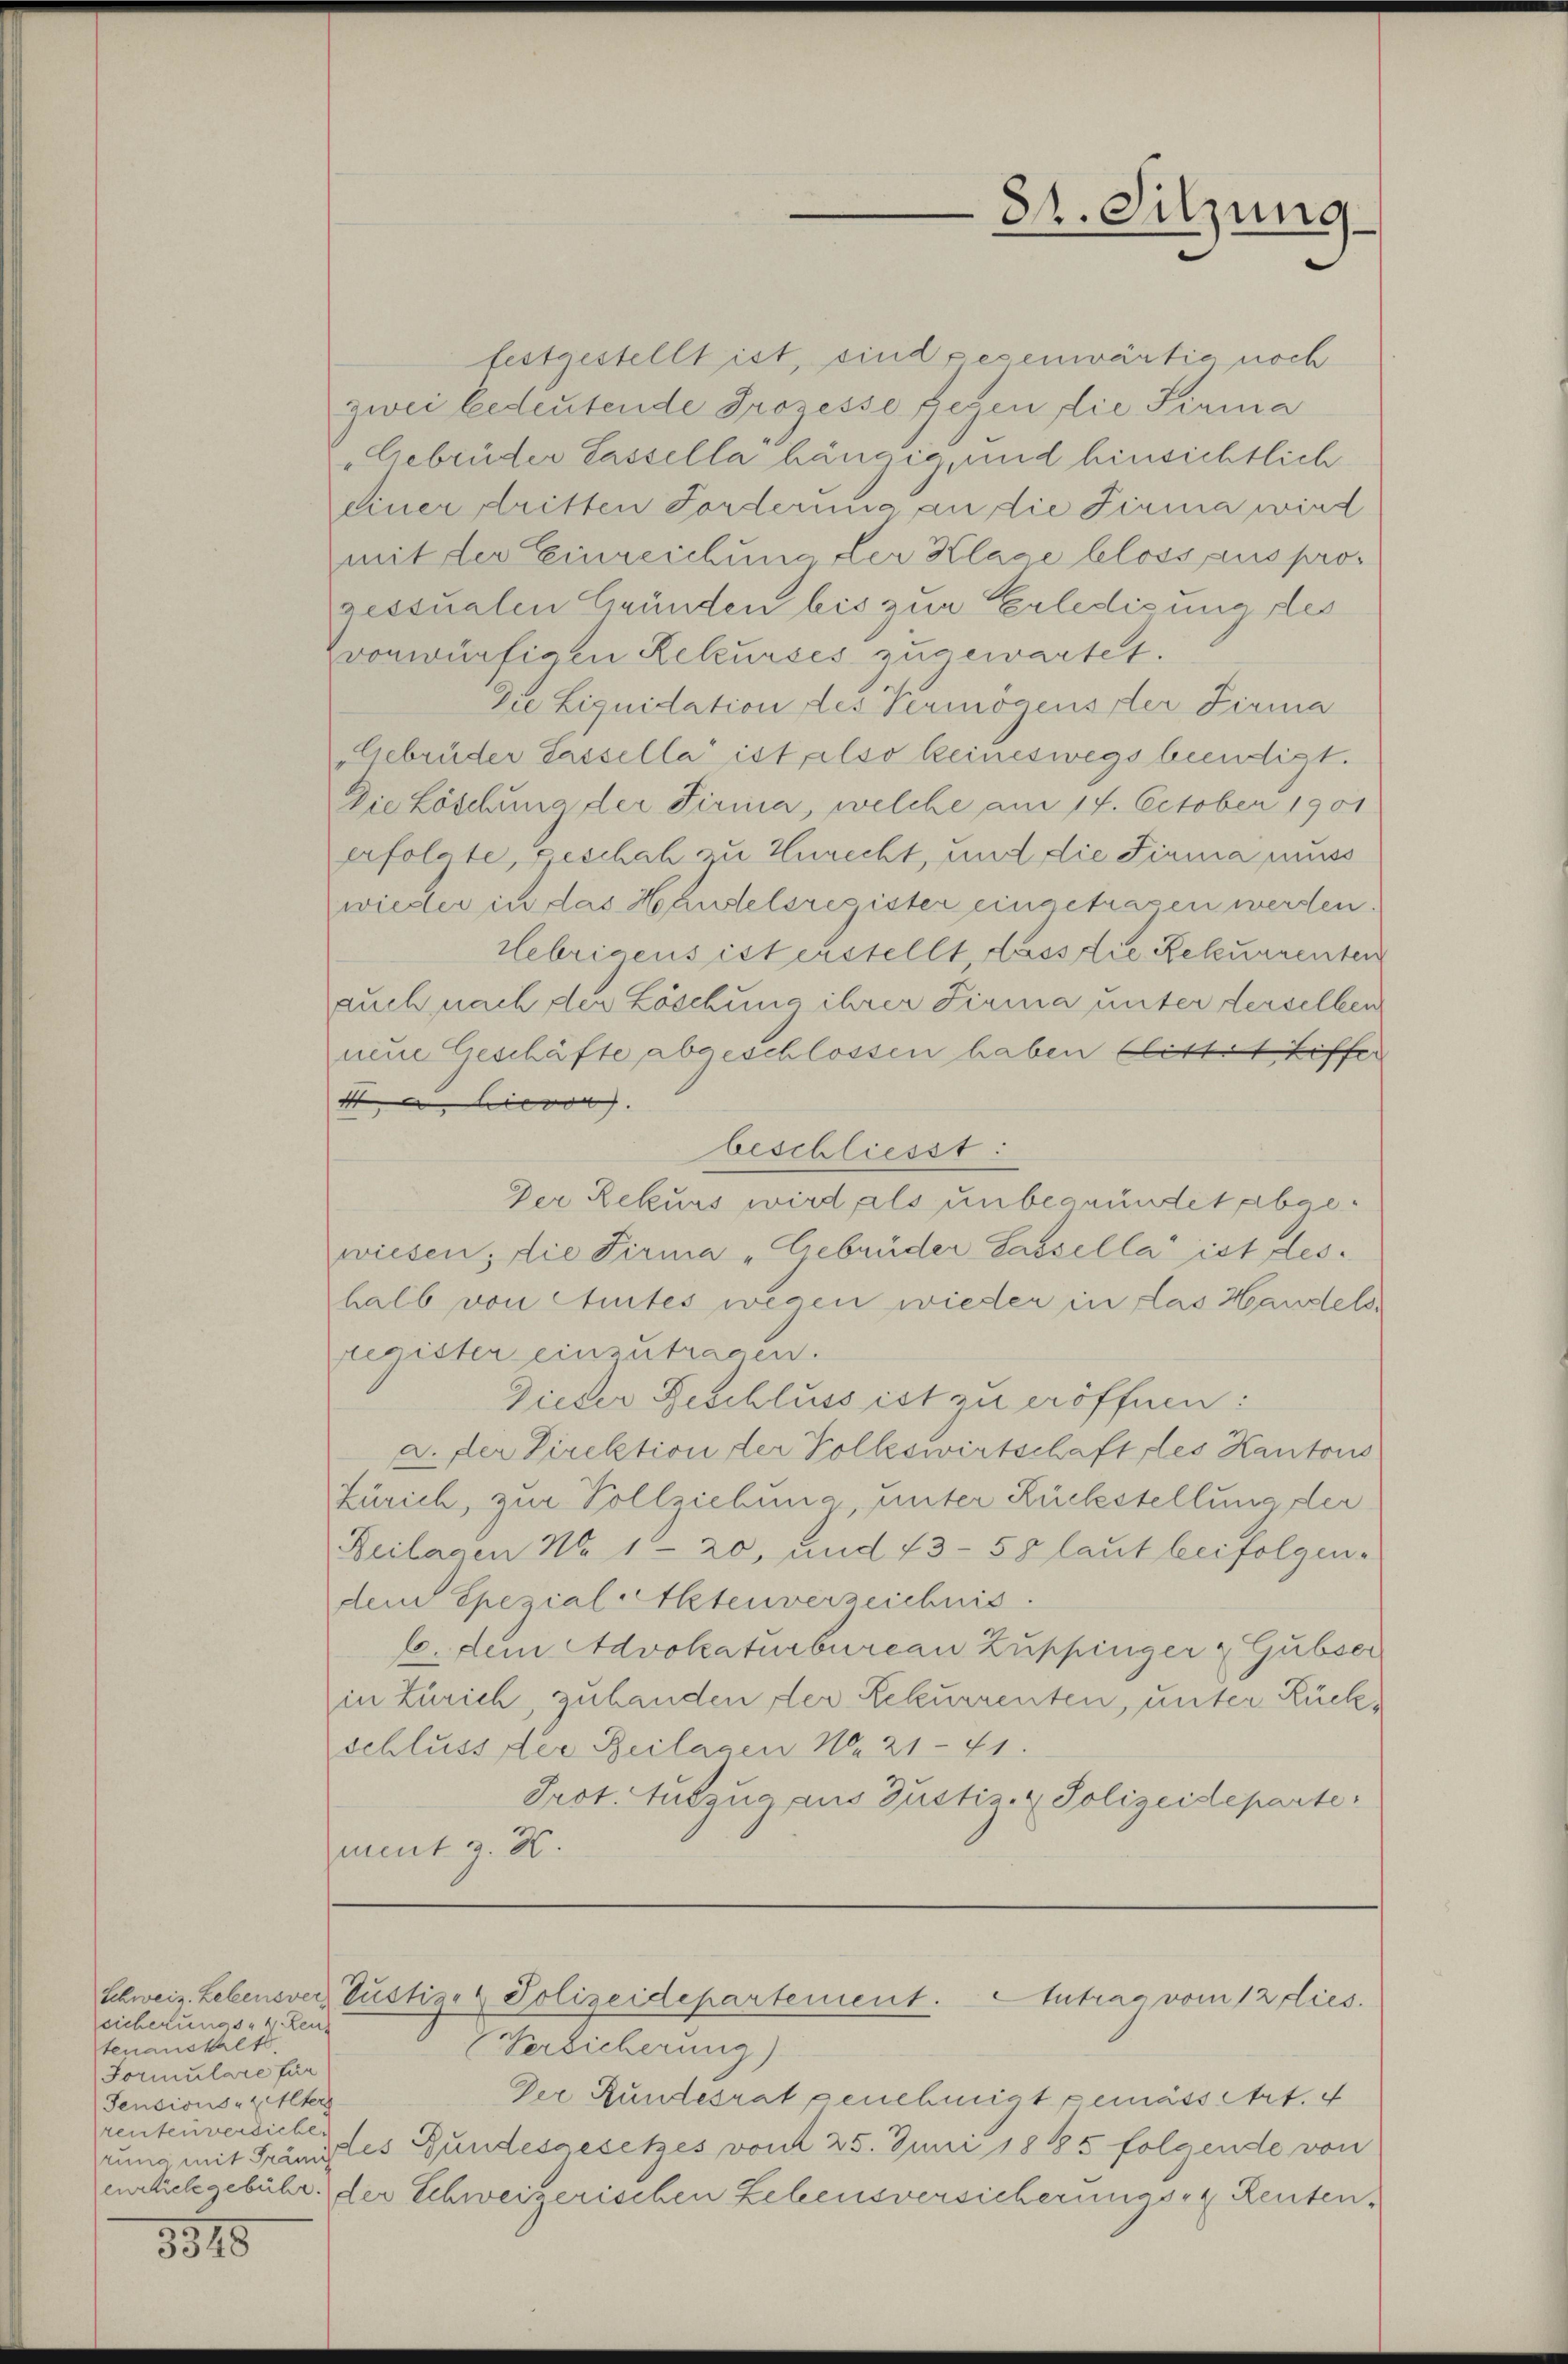
sicherungs- 4. Leu
tenanstalt.
Formulare für
Tensions- & Alters
rentenversiche

1818

84. Sitzung

festgestellt ist, sind gesenwärtig noch
zwei bedeutende Prozesse gegen die Firma
„Gebrüder Lassella hängić und hinsichtlich
einer dritten Forderung an die Firma wird
mit der Einreichung der Klage bloss aus progessualen Gründen bis zur Erledigung des
vonwürfigen Rekurses zugewartet.
Die Liquidation des Vermögens der Firma
Gebrüder Sassella ist also keineswegs beendigt.
Die Löschung der Firma, welche am 14. October 1901
erfolgte, geschah zu Zurecht, und die Firma muss
wieder in das Handelsres ister eingetragen werden.
Uebrigens ist erstellt dass die Rekurrenten
auch nach der Löschung ihrer Firma unter derselben
nene Geschäfte abgeschlossen haben (littet tiffer
Ist hievon
beschliesst:
Der Rekurs wird, als unbegründet abgewiesen; die Firma „Gebrüder Lassella ist des
halb von Amtes wegen wieder in das Handels
register einzutragen.
Dieder Geschluss ist zu eröffnen:
a. der Direktion der Volkswirtschaft des Kantons
Zürich, zur Vollziehung unter Rückstellung der
Reilagen No 1. 20, und 73 - 50 laut beifolgen-
dem Spezial Aktenverzeichnis.
6. dem Advokaturbureau Zuppinger & Gubser
in Zürich, zu handen der Rekurrenten, unter Rückschluss der Beilagen No 21-41.
Prot. Auszug aus Justiz- & Polizeideparte.
ment z. K.

Schweiz. Lebensver, Pustiz- & Polizeidepartement. Antrag vom 12 dies

Versicherung)
Der Rundesrat genehmigt gemäss Art. 4
rung mit Gränztes Gundesgesetzes vom 25. Juni 1885 folgende von
eilchgebühr. der Schweizerischen Lebensversicherungs- & Renten¬